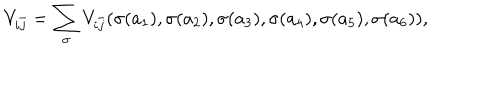
V _ { i \bar { j } } = \sum _ { \sigma } V _ { i \bar { j } } ( \sigma ( a _ { 1 } ) , \sigma ( a _ { 2 } ) , \sigma ( a _ { 3 } ) , \sigma ( a _ { 4 } ) , \sigma ( a _ { 5 } ) , \sigma ( a _ { 6 } ) ) ,